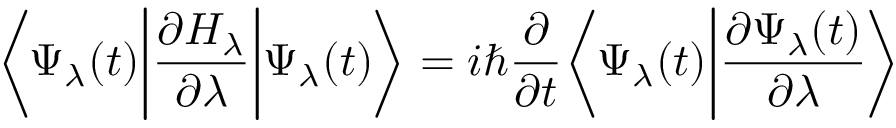
{ \bigg \langle } \Psi _ { \lambda } ( t ) { \bigg | } { \frac { \partial H _ { \lambda } } { \partial \lambda } } { \bigg | } \Psi _ { \lambda } ( t ) { \bigg \rangle } = i \hbar { \frac { \partial } { \partial t } } { \bigg \langle } \Psi _ { \lambda } ( t ) { \bigg | } { \frac { \partial \Psi _ { \lambda } ( t ) } { \partial \lambda } } { \bigg \rangle }